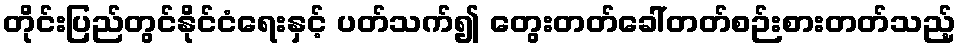
တိုင်းပြည်တွင်နိုင်ငံရေးနှင့် ပတ်သက်၍ တွေးတတ်ခေါ်တတ်စဉ်းစားတတ်သည့်